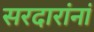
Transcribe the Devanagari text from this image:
सरदारांनां